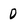
Character: 0